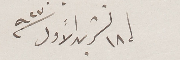
١٨ تشرين الأول ٩٢٧